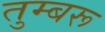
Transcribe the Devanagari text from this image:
तुम्बरू